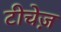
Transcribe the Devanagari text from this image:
टीचेज़